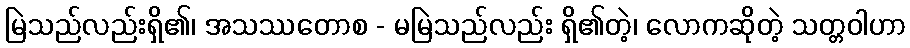
မြဲသည်လည်းရှိ၏၊ အသဿတောစ - မမြဲသည်လည်း ရှိ၏တဲ့၊ လောကဆိုတဲ့ သတ္တဝါဟာ